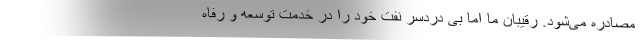
مصادره می‌شود. رقیبان ما اما بی دردسر نفت خود را در خدمت توسعه و رفاه